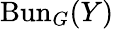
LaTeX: \operatorname{Bun}_{G}(Y)